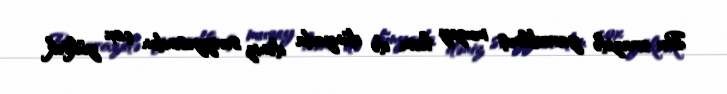
Bu ərazidə yaradılmış muzey həm də dünyada dəniz səviyyəsindən çox yüksək